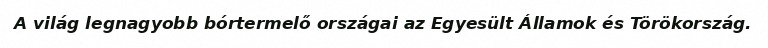
A világ legnagyobb bórtermelő országai az Egyesült Államok és Törökország.